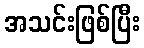
အသင်းဖြစ်ပြီး